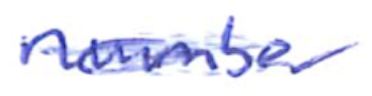
Text: number
Cross-out: scratch
Writing tool: ballpoint